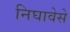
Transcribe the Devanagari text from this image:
निघावेसे